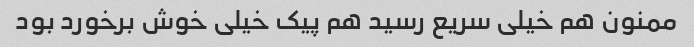
ممنون هم خیلی سریع رسید هم پیک خیلی خوش برخورد بود